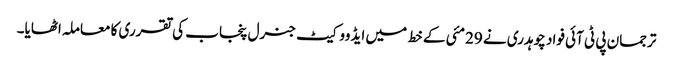
ترجمان پی ٹی آئی فواد چوہدری نے 29مئی کے خط میں ایڈووکیٹ جنرل پنجاب کی تقرری کا معاملہ اٹھایا۔